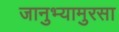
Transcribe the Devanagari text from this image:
जानुभ्यामुरसा